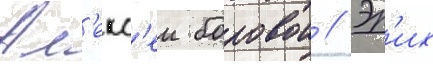
Ал'екс'еи боровои // Эр'их